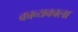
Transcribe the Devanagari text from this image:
काव्यकाला